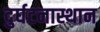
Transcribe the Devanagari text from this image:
दुर्घटनास्थान